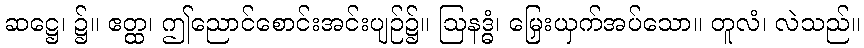
ဆဋ္ဌေ၊ ၌။ ဧတ္ထ၊ ဤညောင်စောင်းအင်းပျဉ်၌။ ဩနဒ္ဓံ၊ မြှေးယှက်အပ်သော။ တူလံ၊ လဲသည်။